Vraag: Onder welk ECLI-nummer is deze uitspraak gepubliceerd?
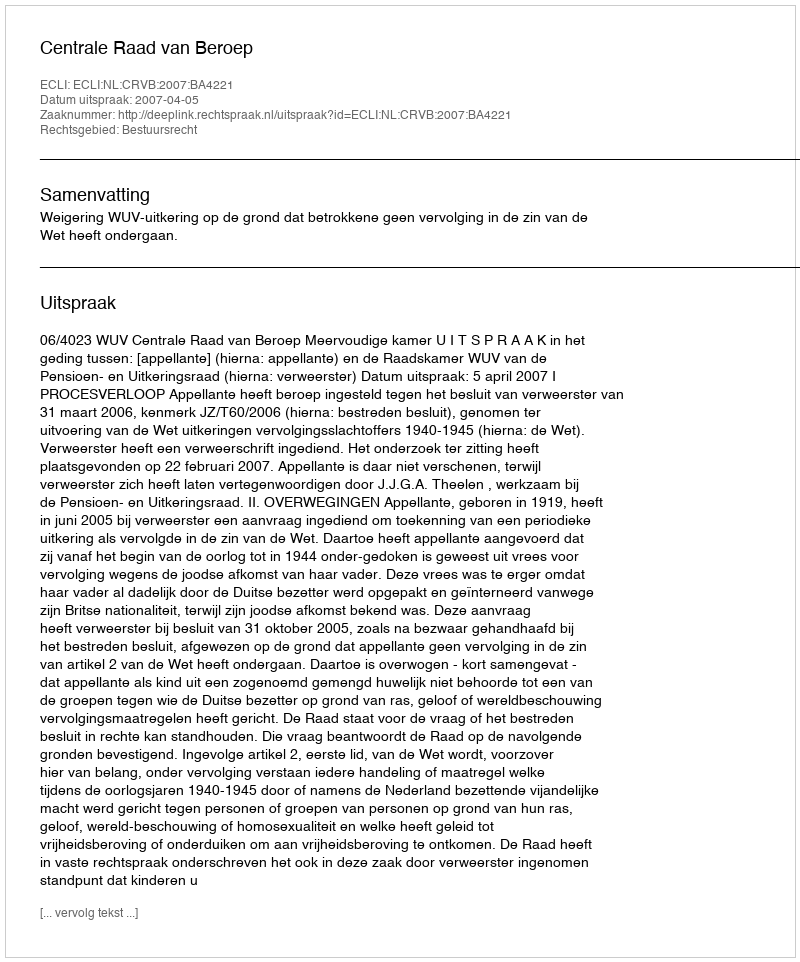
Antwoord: ECLI:NL:CRVB:2007:BA4221